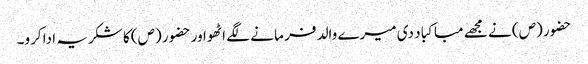
حضور (ص) نے مجھے مبا کبا د دی میرے والد فر ما نے لگے اٹھواور حضو ر (ص) کا شکریہ ادا کرو۔